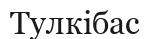
Тулкібас